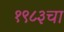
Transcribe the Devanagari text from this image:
१९८३चा